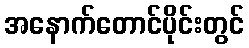
အနောက်တောင်ပိုင်းတွင်